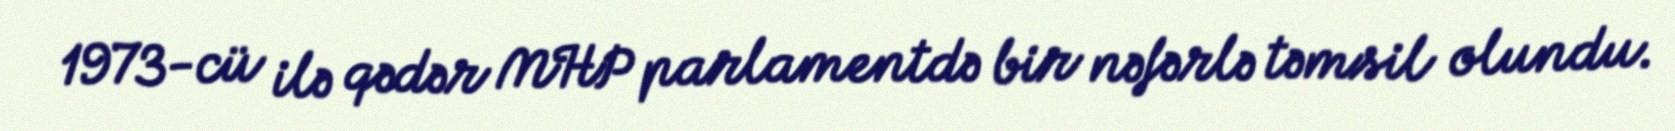
1973-cü ilə qədər MHP parlamentdə bir nəfərlə təmsil olundu.